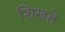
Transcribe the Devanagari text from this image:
शिखते